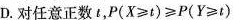
D.对任意正数t，$$P ( X ≥ t ) ≥ P ( Y ≥ t )$$